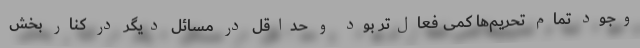
وجود تمام تحریم‌ها کمی فعال‌تر بود و حداقل در مسائل دیگر در کنار بخش